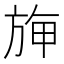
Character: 𣃻